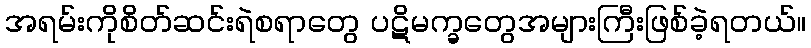
အရမ်းကိုစိတ်ဆင်းရဲစရာတွေ ပဋိမက္ခတွေအများကြီးဖြစ်ခဲ့ရတယ်။